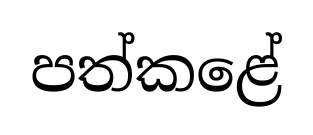
පත්කළේ